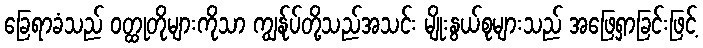
ခြေရာခံသည် ဝတ္ထုတိုများကိုသာ ကျွန်ုပ်တို့သည်အသင်း မျိုးနွယ်စုများသည် အဖြေရှာခြင်းဖြင့်